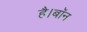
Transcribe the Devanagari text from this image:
है।बॉन